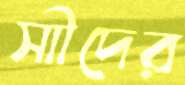
সাীদের